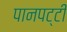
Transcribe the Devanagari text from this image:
पानपट्टी